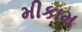
મીકામ